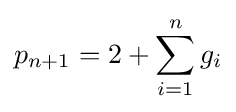
p_{n+1}=2+\sum _{i=1}^{n}g_{i}